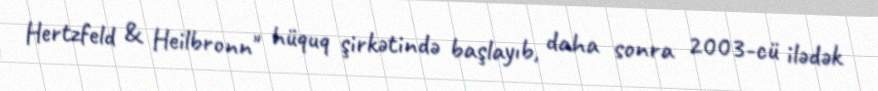
Hertzfeld & Heilbronn" hüquq şirkətində başlayıb, daha sonra 2003-cü ilədək